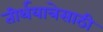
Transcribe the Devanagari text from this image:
तीर्थयात्रेसाठी